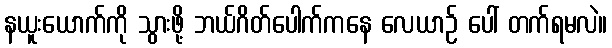
နယူးယောက်ကို သွားဖို့ ဘယ်ဂိတ်ပေါက်ကနေ လေယာဉ် ပေါ် တက်ရမလဲ။